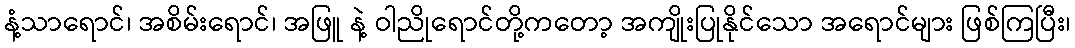
နံ့သာရောင်၊ အစိမ်းရောင်၊ အဖြူ နဲ့ ဝါညိုရောင်တို့ကတော့ အကျိုးပြုနိုင်သော အရောင်များ ဖြစ်ကြပြီး၊